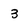
Character: 3